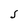
Character: S